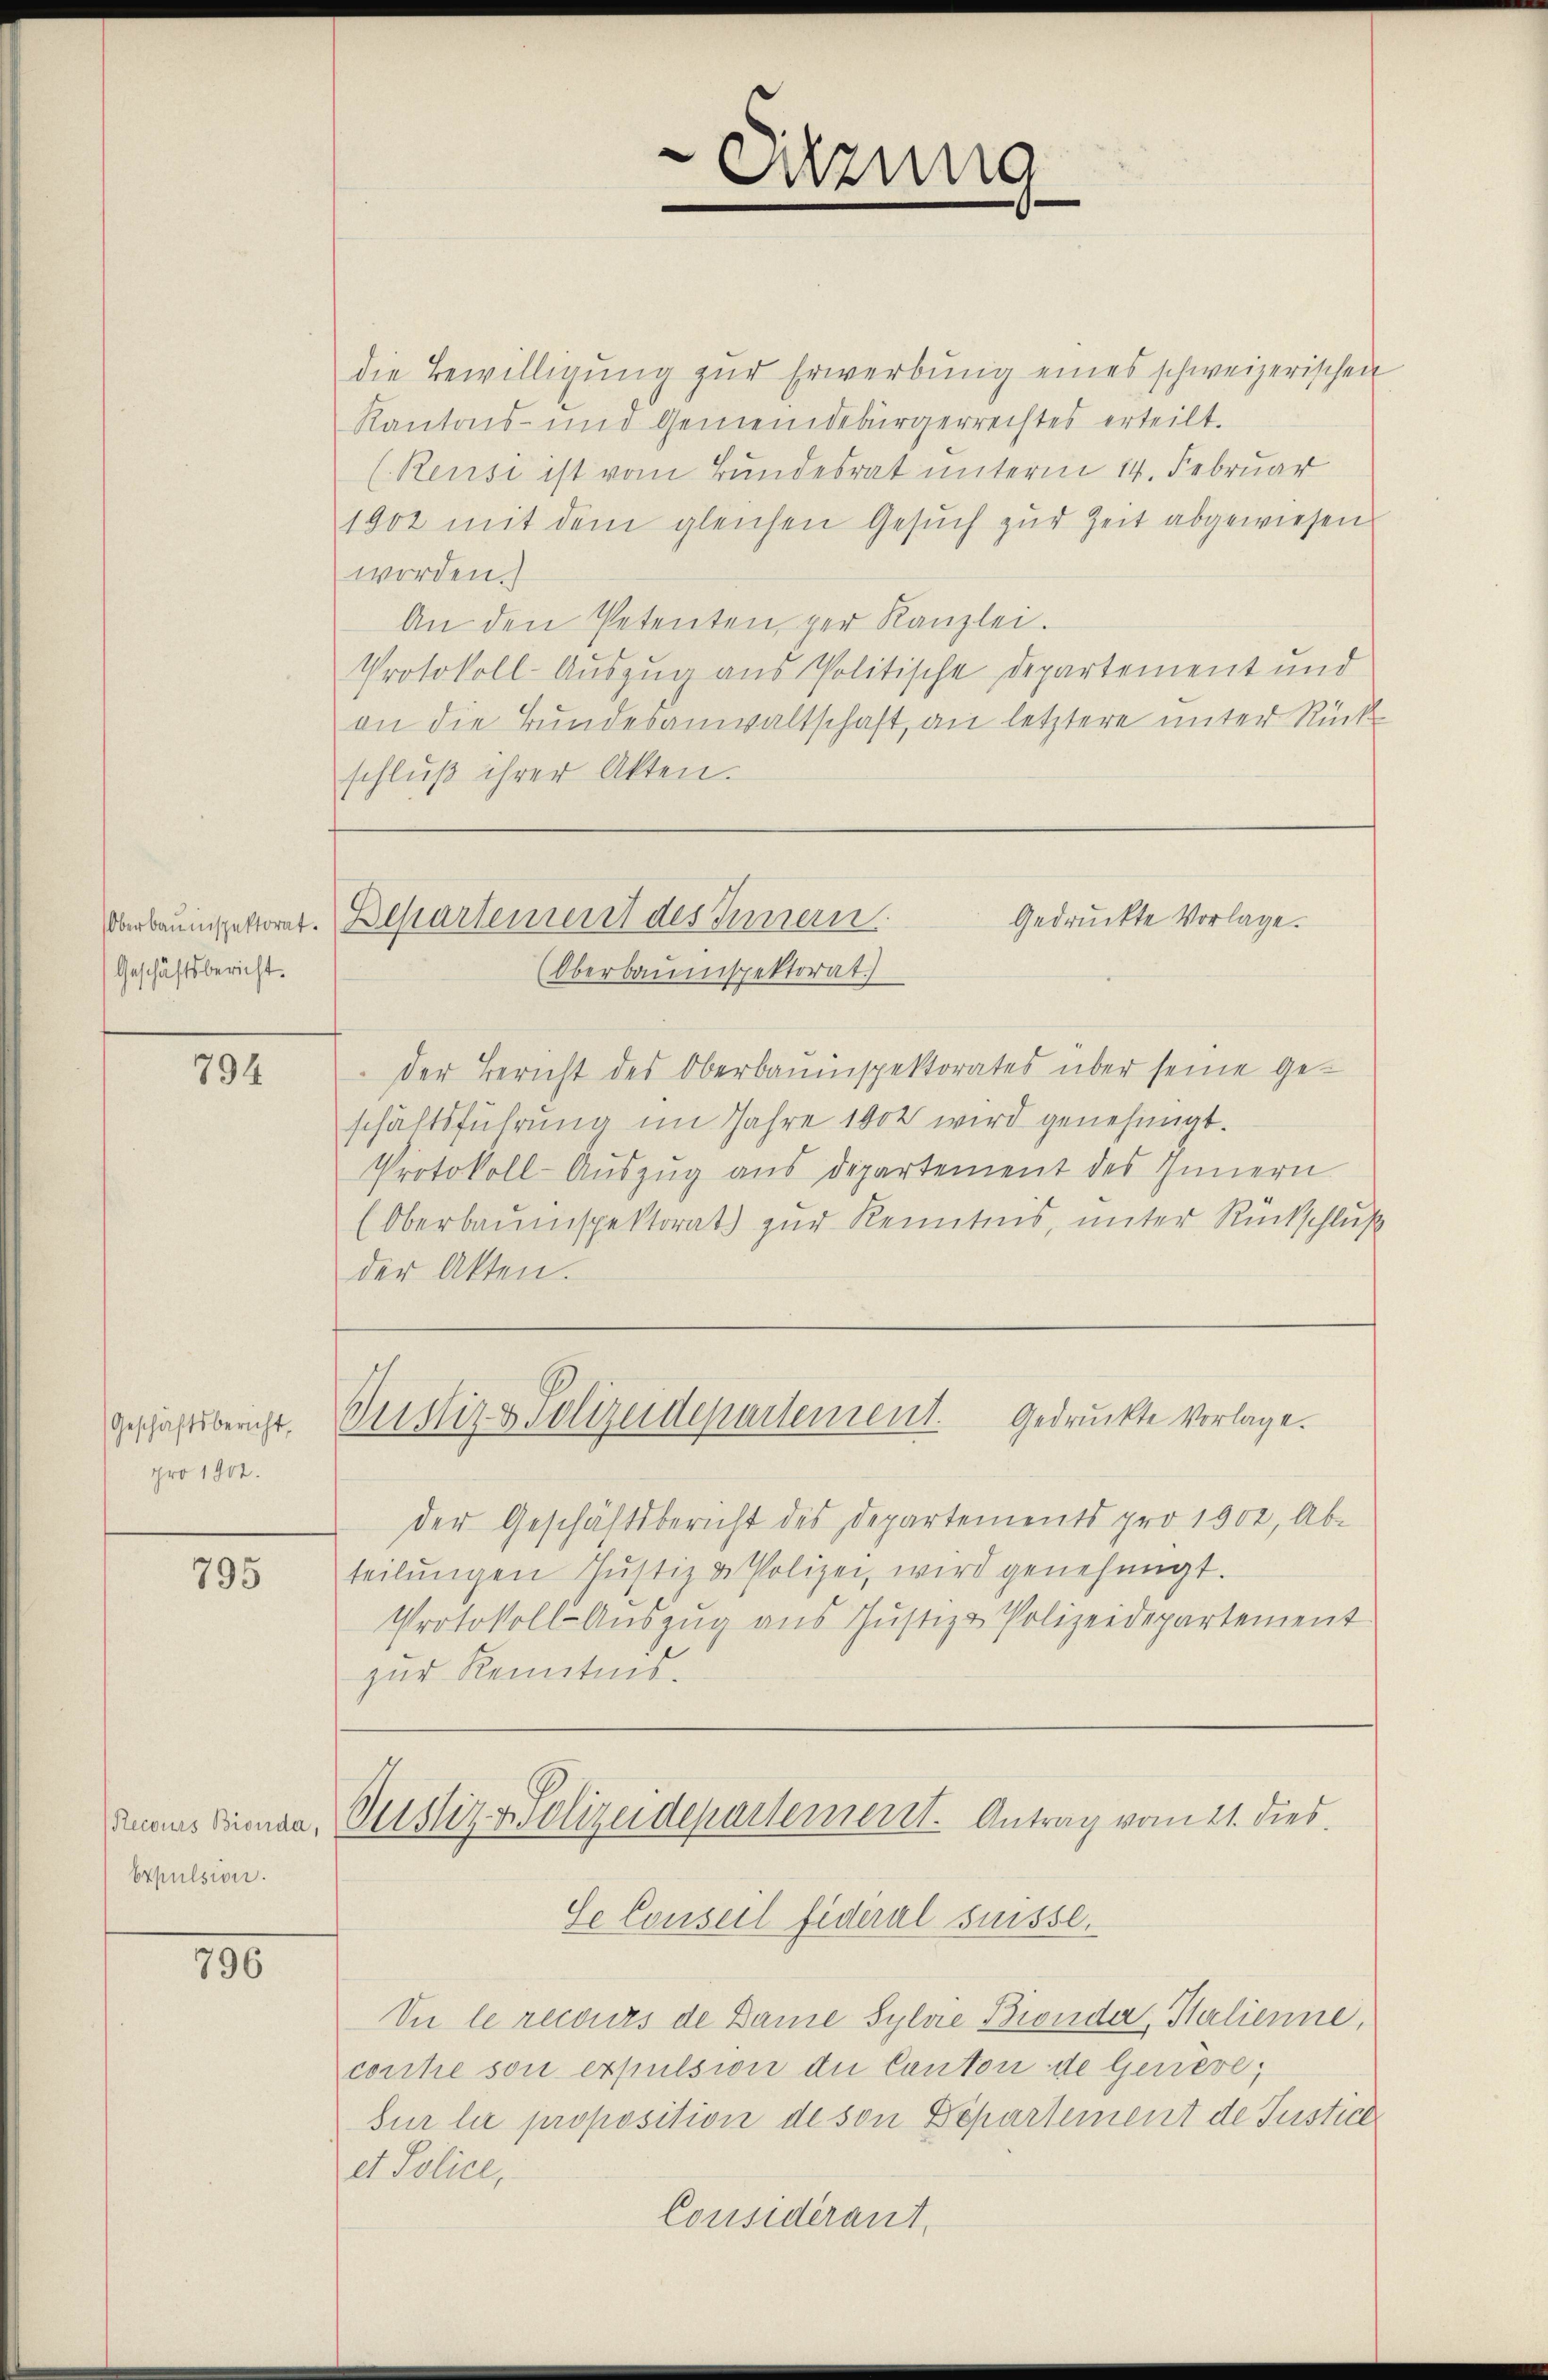
Oberbauinspektorat.
Geschäftsbericht.

794

Geschäftsbericht,
pro 1902.

795

Expulsion.

790.

die Bewilligŭng zŭr Erwerbung eines schweizerischen
Kantons- und Gemeindebürgerrechtes erteilt.
(Rensi ist vom Bundesrat unterm 14. Februar
1902 mit dem gleichen Gesŭch zŭr Zeit abgewiesen
worden.
An den Petenten, per Kanzlei.
Protokoll-Auszug aus Politische Departement und
an die Bundesanwaltschaft, an letztere unter Rück-
schluß ihrer Akten.

e
Suzung

Departement des Innern.
Gedruckte Vorlage.

Oberbauinspektorat
der Bericht des Oberbauinspektorates über seine Geschäftsführung im Jahre 1904 wird genehmigt.
Protokoll-Auszug aus Departement des Innern
(Oberbauinspektorat) zur Kenntnis, unter Rückschluß
der Akten.
Gedruckte Vorlage.
Justiz & Polizeidepartement.
der Geschäftsbericht des Departements pro 1902, Ab-
teilŭngen Justiz & Polizei, wird genehmigt.
Protokoll-Aŭszŭg aŭs Justiz & Polizeidepartement
zur Kenntnis.

danus Sinnen, Rustiz & Polizeidepartement. Antrag vom 21. dies

Se Conseil fideral suisse.
Si le recours de Dame Sylvie Bronder, Salienne,
corche son expulsion die Canton de Geneve;
sur lie proposition de son Departement de Justice
et Police,
Considérant.